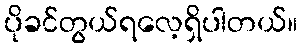
ပိုခင်တွယ်ရလေ့ရှိပါတယ်။